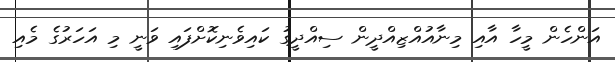
އަންހެން މީހާ އާއި މިނާއުއްޒިއްދީން ސިއްދީގު ކައިވެނިކޮށްފައި ވަނީ މި އަހަރުގެ މެއި